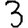
Digit: 3